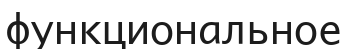
функциональное